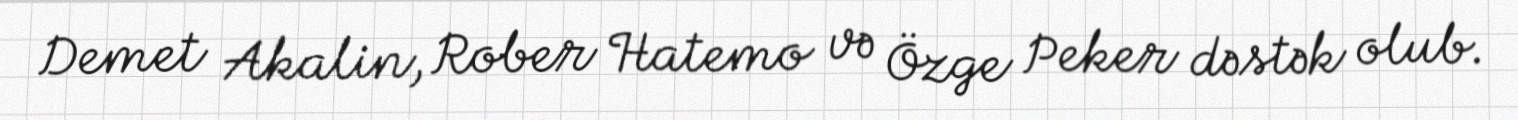
Demet Akalin, Rober Hatemo və Özge Peker dəstək olub.